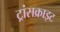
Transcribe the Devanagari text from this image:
ट्रांसक्राइट